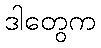
ဒါတွေက